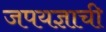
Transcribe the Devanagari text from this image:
जपयज्ञाची